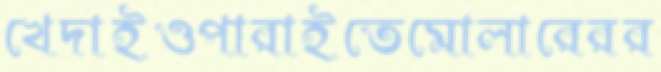
খেদাইওপারাইতেমোলারেরর